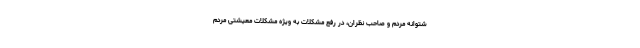
شتوانه مردم و صاحب نظران، در رفع مشکلات به ویژه مشکلات معیشتی مردم